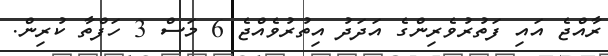
ރާއްޖެ އައި ފަތުރުވެރިންގެ އަދަދު އިތުރުވެއްޖެ 6 މަސް 3 ހަފްތާ ކުރިން.